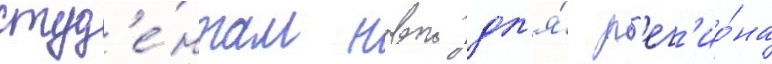
студ'е́нтам новои дл'я́ р'ег'ио́на